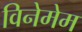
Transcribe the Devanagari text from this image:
विनेमेम